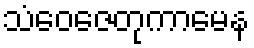
သံဝေဇေတုကာမေန